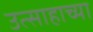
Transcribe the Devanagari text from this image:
उत्साहाच्या